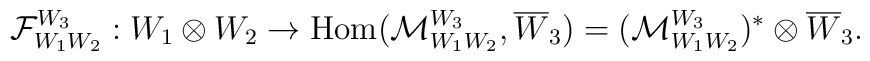
{\cal F}^{W_{3}}_{W_{1}W_{2}}: W_{1}\otimes W_{2}\to\mbox{\rm Hom}({\cal M}_{W_{1}W_{2}}^{W_{3}}, \overline{W}_{3})=({\cal M}^{W_{3}}_{W_{1}W_{2}})^{*}\otimes \overline{W}_{3}.